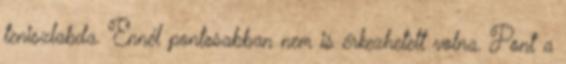
teniszlabda. Ennél pontosabban nem is érkezhetett volna. Pont a